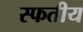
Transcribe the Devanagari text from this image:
स्फतीय